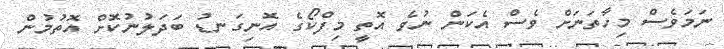
ނަމަވެސް މިހާތަނަށް ވެސް އެކަން ނުވެ އޮތީ މިފްކޯގެ އޮނިގަނޑު ބަދަލުނުކޮށް އޮތުމުން